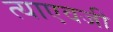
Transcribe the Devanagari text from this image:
त्याएवजी